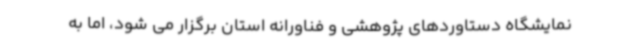
نمایشگاه دستاوردهای پژوهشی و فناورانه استان برگزار می شود، اما به